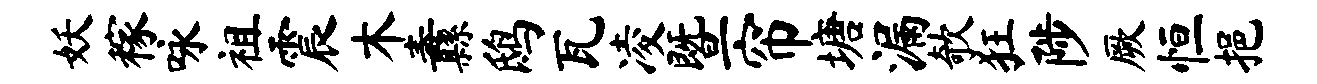
妖稼咏祖震木纛鸱瓦凌暨帘塘漏欹狂陟厥恒挹